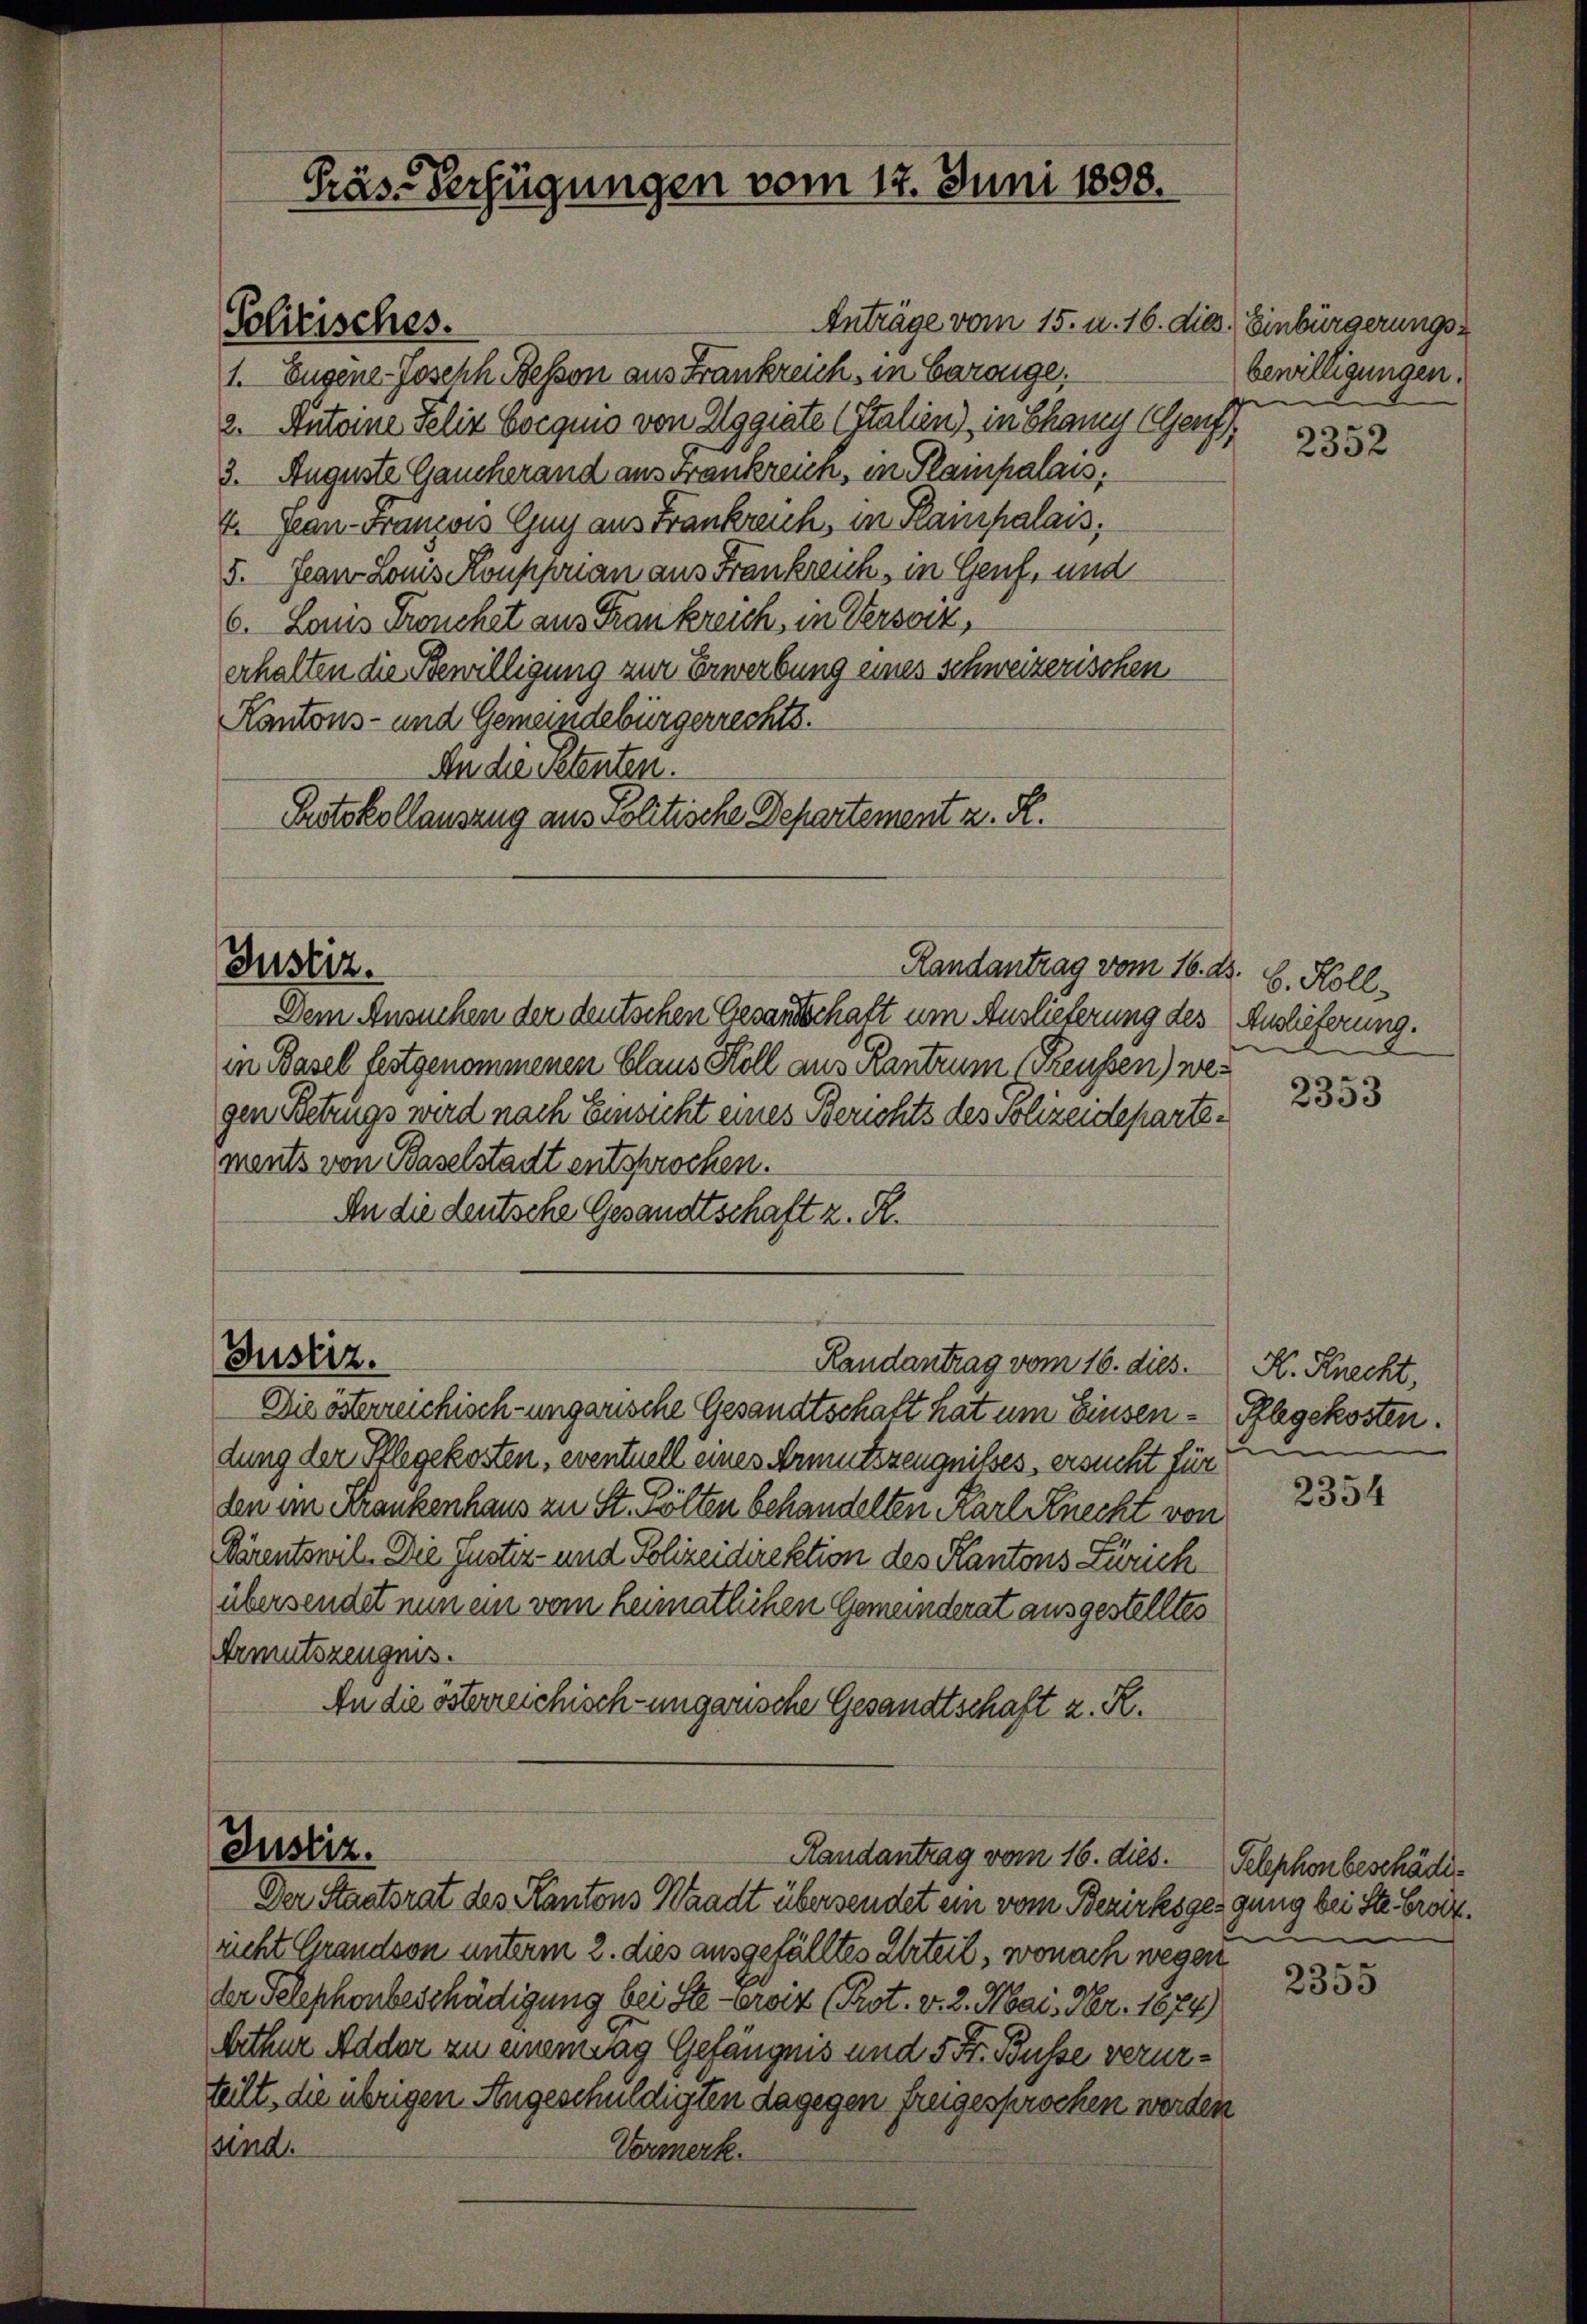
Anträge vom 15. u. 16. die Einbürgerungs¬
1. Eugene-Joseph Bessen aus Frankreich, in Garange,
2. Putoine Felix Cocquis von Elggiate (Italien) in Chamy (Genf
3. Auguste Gaucherand anstrankreich, in Plampalais.
E. Fran-Francois Guy aus Frankreich, in Plainpalais,
5. Jean Lonis Koupprian aus Frankreich, in Genf, und
6. Louis Fronchet aus Frankreich, in Versatz,
erhalten die Bewilligung zur Erwerbung eines schweizerischen
Kantons- und Gemeindebürgerrechts.
An die Petenten.
Protokollauszug aus Politische Departement z. R.
Randantrag vom 16. ds.
Dem Ansuchen der deutschen Gesandtschaft um Auslieferung des Auslieferung.
in Basel festgenommenen Claus Koll aus Kantrum (Reussen) wegen Betrugs wird nach Einsicht eines Berichts des Polizeidepartements von Baselstadt entsprochen.
An die deutsche Gesandtschaft z. R.
Justiz.
Randantrag vom 16. dies. K. Knecht,
Die österreichisch-ungarische Gesandtschaft hat um Einsen-Pflegekosten.
dung der Pflegekosten, eventuell eines Armutszeugnißes, ersucht für
den im Frankenhaus zu St. Pölten behandelten Karl Knecht von
Pärentswil. Die Justiz- und Polizeidirektion des Kantons Zürich
übersendet nun ein vom heimatlichen Gemeinderat ausgestelltes
Armutszeugnis.
An die österreichisch-ungarische Gesandtschaft z. R.

Politisches.

Justiz.

Präs. Verfügungen vom 12. Juni 1808.

Justiz.
Randantrag vom 16. dies.
Der Staatsrat des Kantons Waadt übersendet ein vom Bezirksgergung bei Str. Brock¬

richt Grandson unterm 2. dies ausgefälltes Urteil, wonach wegen
der Telephonbeschädigung bei Ste-eroit (Prot. v. 2. Mai, Nr. 1874)
bether Adder zu einem Tag Gefängnis und 5 Fr. Busse verurteilt, die übrigen Angeschuldigten dagegen freigesprochen werden
sind.
Vormerk.

bewilligungen.

2352

b. Koll

2353

2354

Telephonbeschädi¬

2355